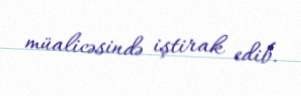
müalicəsində iştirak edib.